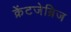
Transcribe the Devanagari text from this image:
क्रेंटजेब्रिज